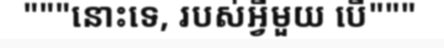
"""នោះទេ, របស់អ្វីមួយ បើ"""